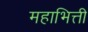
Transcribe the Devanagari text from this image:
महाभित्ती